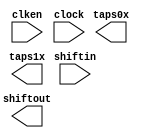
// megafunction wizard: %Shift register (RAM-based)%VBB%
// GENERATION: STANDARD
// VERSION: WM1.0
// MODULE: ALTSHIFT_TAPS 

// ============================================================
// Megafunction Name(s):
// 			ALTSHIFT_TAPS
//
// Simulation Library Files(s):
// 			altera_mf
// ============================================================
// ************************************************************
// THIS IS A WIZARD-GENERATED FILE. DO NOT EDIT THIS FILE!
//
// 18.0.0 Build 614 04/24/2018 SJ Standard Edition
// ************************************************************

//Copyright (C) 2018  Intel Corporation. All rights reserved.
//Your use of Intel Corporation's design tools, logic functions 
//and other software and tools, and its AMPP partner logic 
//functions, and any output files from any of the foregoing 
//(including device programming or simulation files), and any 
//associated documentation or information are expressly subject 
//to the terms and conditions of the Intel Program License 
//Subscription Agreement, the Intel Quartus Prime License Agreement,
//the Intel FPGA IP License Agreement, or other applicable license
//agreement, including, without limitation, that your use is for
//the sole purpose of programming logic devices manufactured by
//Intel and sold by Intel or its authorized distributors.  Please
//refer to the applicable agreement for further details.

module shift_ip_3 (
	clken,
	clock,
	shiftin,
	shiftout,
	taps0x,
	taps1x);

	input	  clken;
	input	  clock;
	input	[7:0]  shiftin;
	output	[7:0]  shiftout;
	output	[7:0]  taps0x;
	output	[7:0]  taps1x;
`ifndef ALTERA_RESERVED_QIS
// synopsys translate_off
`endif
	tri1	  clken;
`ifndef ALTERA_RESERVED_QIS
// synopsys translate_on
`endif

endmodule

// ============================================================
// CNX file retrieval info
// ============================================================
// Retrieval info: PRIVATE: ACLR NUMERIC "0"
// Retrieval info: PRIVATE: CLKEN NUMERIC "1"
// Retrieval info: PRIVATE: GROUP_TAPS NUMERIC "1"
// Retrieval info: PRIVATE: INTENDED_DEVICE_FAMILY STRING "Cyclone IV E"
// Retrieval info: PRIVATE: NUMBER_OF_TAPS NUMERIC "2"
// Retrieval info: PRIVATE: RAM_BLOCK_TYPE NUMERIC "1"
// Retrieval info: PRIVATE: SYNTH_WRAPPER_GEN_POSTFIX STRING "0"
// Retrieval info: PRIVATE: TAP_DISTANCE NUMERIC "640"
// Retrieval info: PRIVATE: WIDTH NUMERIC "8"
// Retrieval info: LIBRARY: altera_mf altera_mf.altera_mf_components.all
// Retrieval info: CONSTANT: INTENDED_DEVICE_FAMILY STRING "Cyclone IV E"
// Retrieval info: CONSTANT: LPM_HINT STRING "RAM_BLOCK_TYPE=M9K"
// Retrieval info: CONSTANT: LPM_TYPE STRING "altshift_taps"
// Retrieval info: CONSTANT: NUMBER_OF_TAPS NUMERIC "2"
// Retrieval info: CONSTANT: TAP_DISTANCE NUMERIC "640"
// Retrieval info: CONSTANT: WIDTH NUMERIC "8"
// Retrieval info: USED_PORT: clken 0 0 0 0 INPUT VCC "clken"
// Retrieval info: USED_PORT: clock 0 0 0 0 INPUT NODEFVAL "clock"
// Retrieval info: USED_PORT: shiftin 0 0 8 0 INPUT NODEFVAL "shiftin[7..0]"
// Retrieval info: USED_PORT: shiftout 0 0 8 0 OUTPUT NODEFVAL "shiftout[7..0]"
// Retrieval info: USED_PORT: taps0x 0 0 8 0 OUTPUT NODEFVAL "taps0x[7..0]"
// Retrieval info: USED_PORT: taps1x 0 0 8 0 OUTPUT NODEFVAL "taps1x[7..0]"
// Retrieval info: CONNECT: @clken 0 0 0 0 clken 0 0 0 0
// Retrieval info: CONNECT: @clock 0 0 0 0 clock 0 0 0 0
// Retrieval info: CONNECT: @shiftin 0 0 8 0 shiftin 0 0 8 0
// Retrieval info: CONNECT: shiftout 0 0 8 0 @shiftout 0 0 8 0
// Retrieval info: CONNECT: taps0x 0 0 8 0 @taps 0 0 8 0
// Retrieval info: CONNECT: taps1x 0 0 8 0 @taps 0 0 8 8
// Retrieval info: GEN_FILE: TYPE_NORMAL shift_ip_3.v TRUE
// Retrieval info: GEN_FILE: TYPE_NORMAL shift_ip_3.inc FALSE
// Retrieval info: GEN_FILE: TYPE_NORMAL shift_ip_3.cmp FALSE
// Retrieval info: GEN_FILE: TYPE_NORMAL shift_ip_3.bsf FALSE
// Retrieval info: GEN_FILE: TYPE_NORMAL shift_ip_3_inst.v TRUE
// Retrieval info: GEN_FILE: TYPE_NORMAL shift_ip_3_bb.v TRUE
// Retrieval info: LIB_FILE: altera_mf